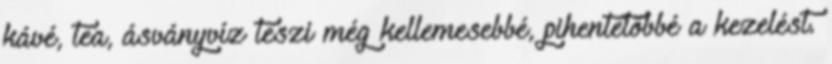
kávé, tea, ásványvíz teszi még kellemesebbé, pihentetőbbé a kezelést.